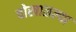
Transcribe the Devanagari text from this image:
चोखाळल्या